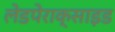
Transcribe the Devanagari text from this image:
लेडपेराक्साइड